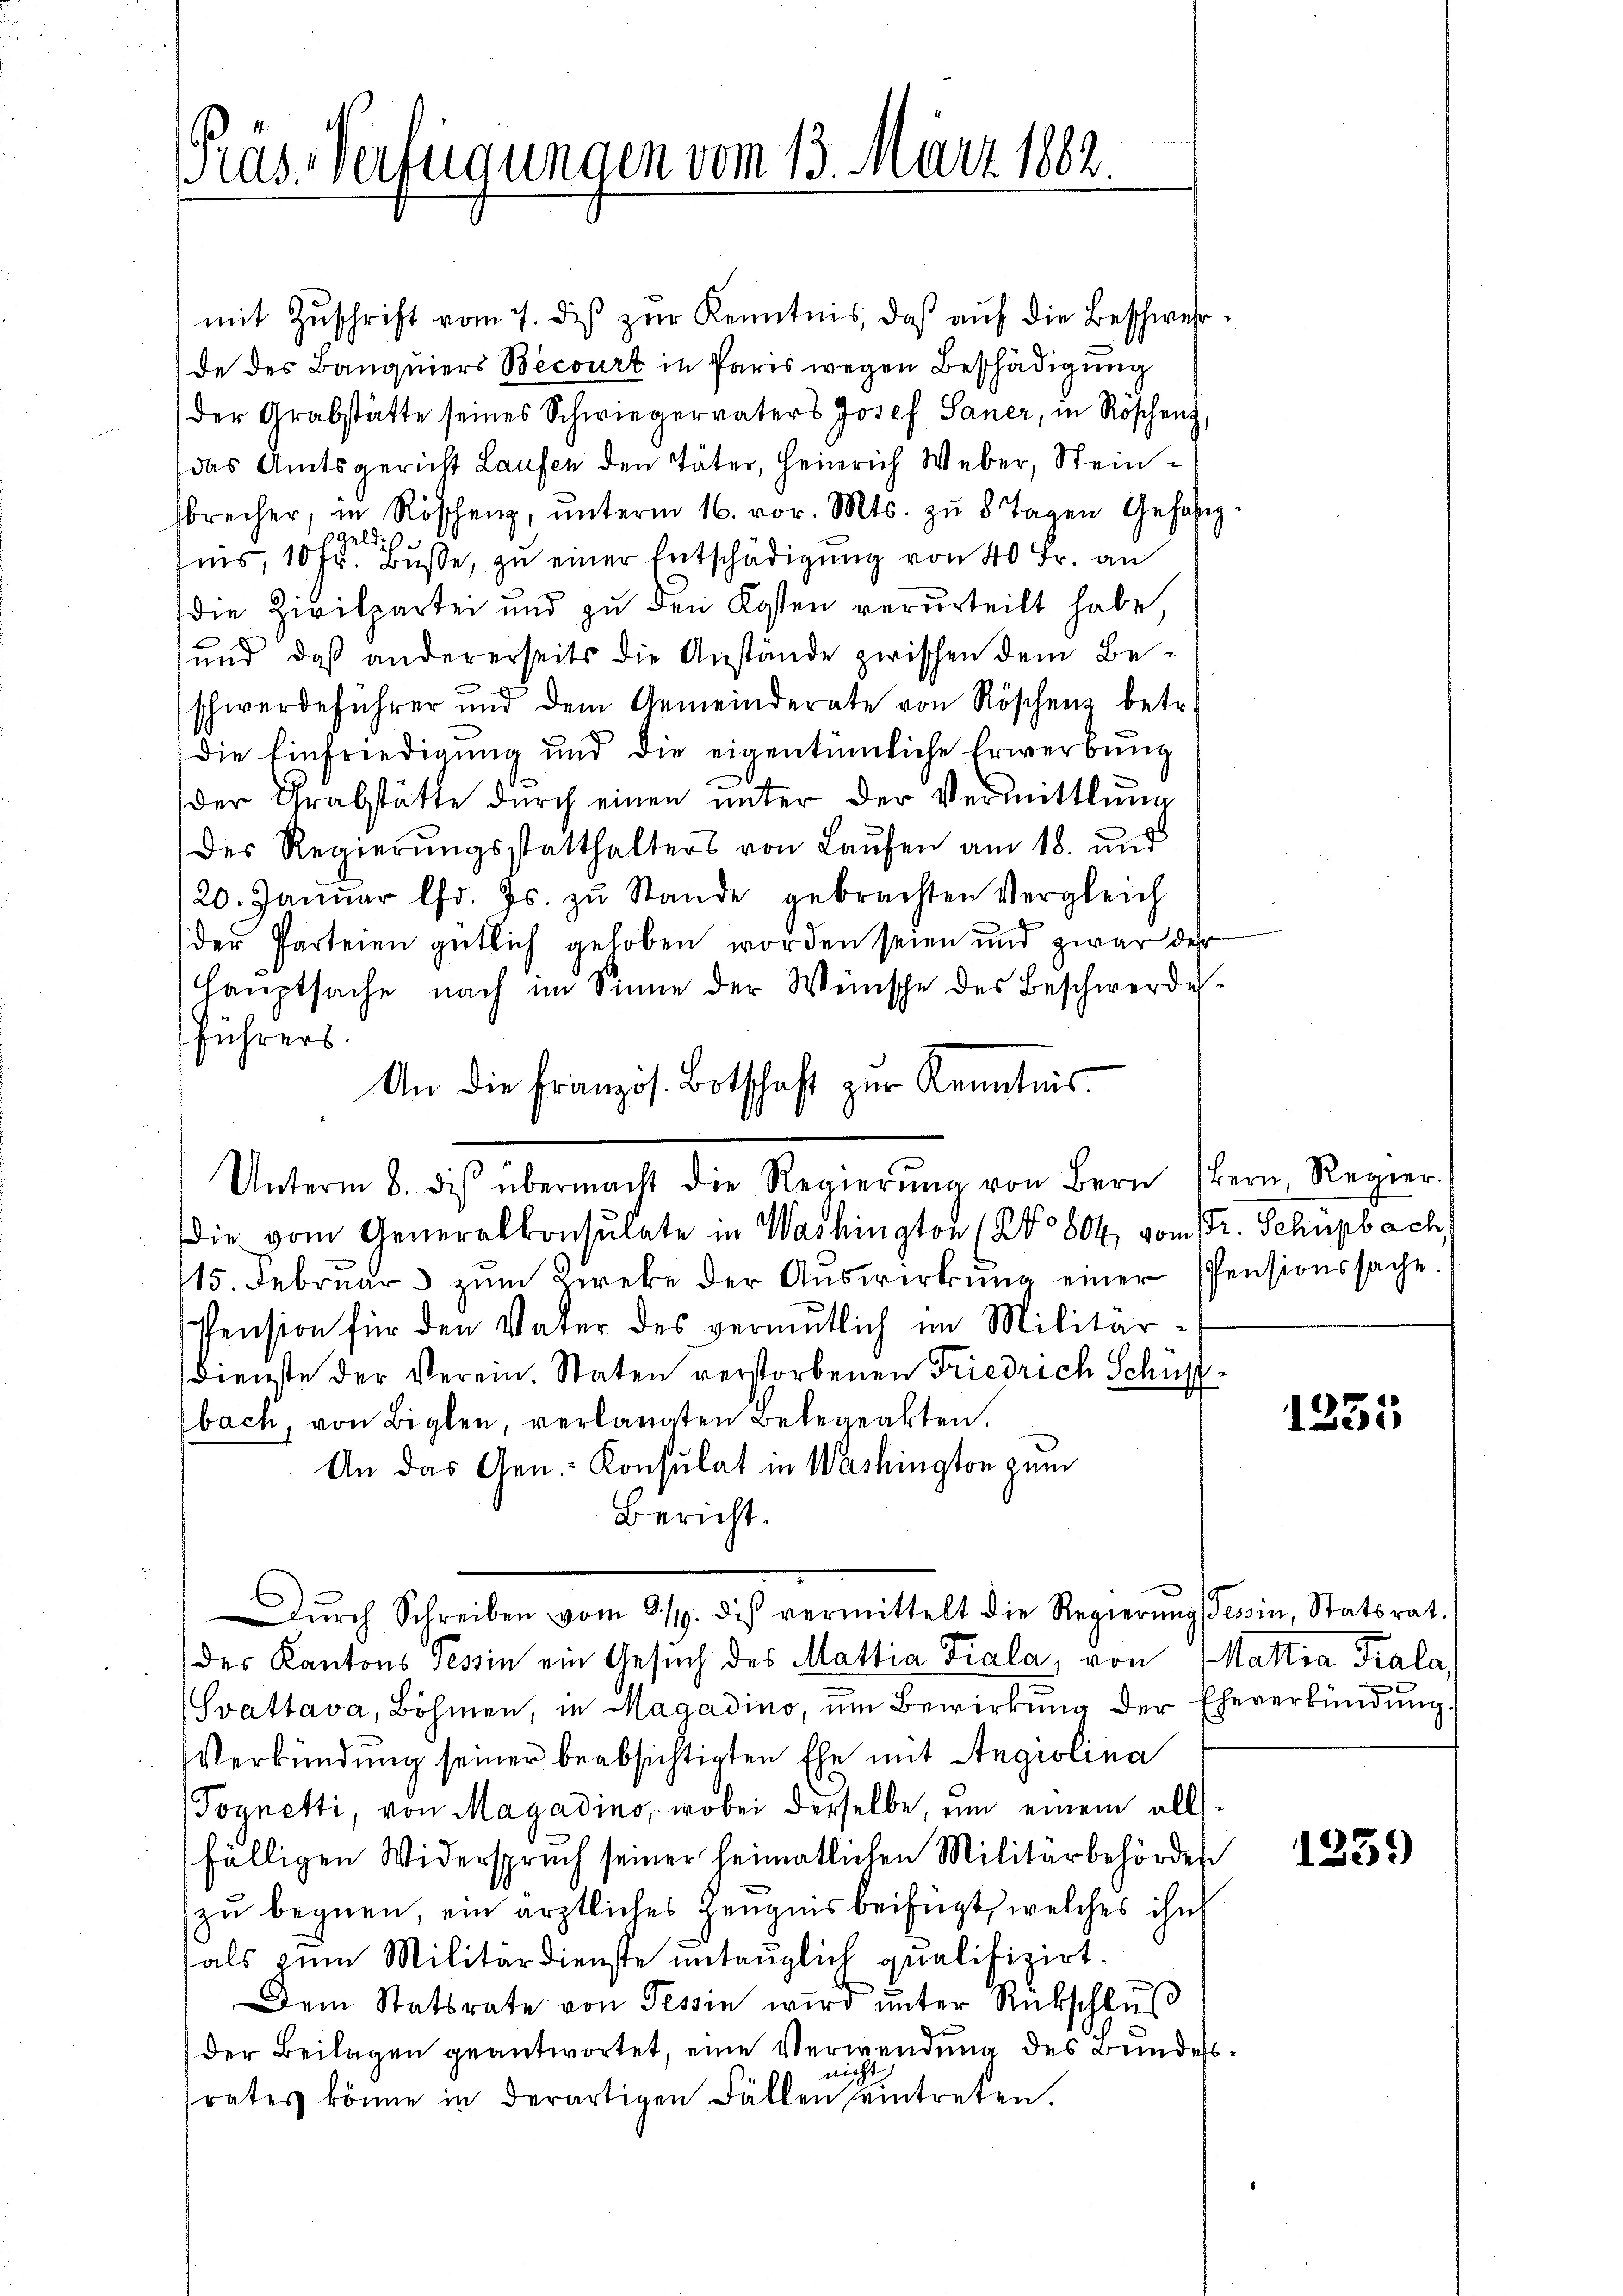
Tas-Verfügungen vom 13. März 1882.

mit Zŭschrift vom 7. des zŭr Kenntnis, daß auf die Beschwehrde des Banquiers Becourt in Paris wegen Beschädigung
der Grabstätte seines Schwiegervaters Josef Saner, in Roschen,
das Amtsgericht Laufen den Täter, Heinrich Weber, Steinbrecher, in Röschen, ŭnterm 16. vor. Mts. zu 8 Tagen Gefähig
sgeldige
sis, 10 Fr. Büsse, zu einer Entschädigung von 40 Fr. an
die Zivilpartei und zu den Kosten verurteilt habe,
und, daß andererseits die Anstände zwischen dem Beschwerdeführer und dem Gemeinderate von Röschens betr.
Die Einfriedigung und die eigentümliche Erwerbung
der Grabstätte dŭrch einen ŭnter der Vermittlung
des Regierŭngsstatthalters von Laŭfen am 18. und
20. Januar lfd. Js. zŭ Stande gebrachten Vergleich
der Parteien gütlich gehoben worden seien und zwar der
Hauptsache nach im Sinne der Wünsche des Beschwerdeführers
die vom Generalkonsulate in Washington (§ 804 vom Fr. Schupbach,
115. Februar zŭm zweke der Aŭswirkung einer Pensionssache.
Pension für den Vater des vermutlich im Militär-
Dienste der Verein. Staten verstorbenen Friedrich Schuppbach, von Biglen, verlangten Belegeakten.
An das Gen. Konsulat in Washington zum
Bericht.
Dŭrch Schreiben vom 9/19. des vermittelt die Regierŭng (Tessin Statsrat.
(des Kantons Tessin ein Gesuch des Mattia Fiala, von Mattia Kala,
Svattava, Böhmen, in Magadino, um Bewirkung der Eheverkündung
Verkündung seiner beabsichtigten Ehe mit Angiolina
Pognetti, von Magadino, wobei derselbe, um einem allfälligen Widerspruch seiner heimatlichen Militärbehörden
zu begnen, ein ärztliches Zeugnis beifügt, welches ihn
als zum Militärdienste untauglich qualifizirt.
Dem Statsrate von Tessin wird unter Rückschlus
der Beilagen geantwortet, eine Verwendung des Bundesnicht
rates könne in derartigen Fällen eintreten.

An die Französ. Botschaft zur Kenntnis
Unterm 8. des übermacht die Regierŭng von Bern (Bern, Regier

1235

1259